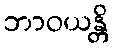
ဘာဝယန္တိ